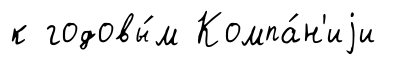
к годовы́м Компа́н'иjи